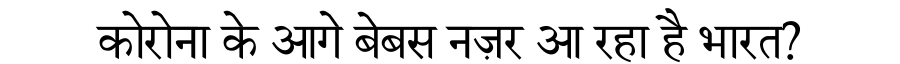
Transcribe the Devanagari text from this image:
कोरोना के आगे बेबस नज़र आ रहा है भारत?